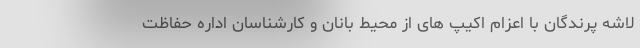
لاشه پرندگان با اعزام اکیپ های از محیط بانان و کارشناسان اداره حفاظت